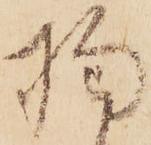
拘